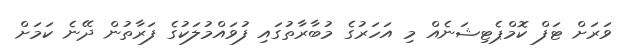
ވަރަށް ޓަފް ކޮމްޕެޓިޝަނެއް މި އަހަރުގެ މުބާރާތުގައި ފުވައްމުލަކުގެ ފަރާތުން ދޭނެ ކަމަށް